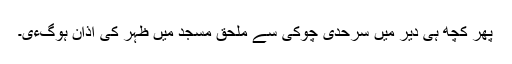
پھر کچھ ہی دیر میں سرحدی چوکی سے ملحق مسجد میں ظہر کی اذان ہوگءی۔